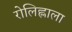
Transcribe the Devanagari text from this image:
रोलिह्लाला